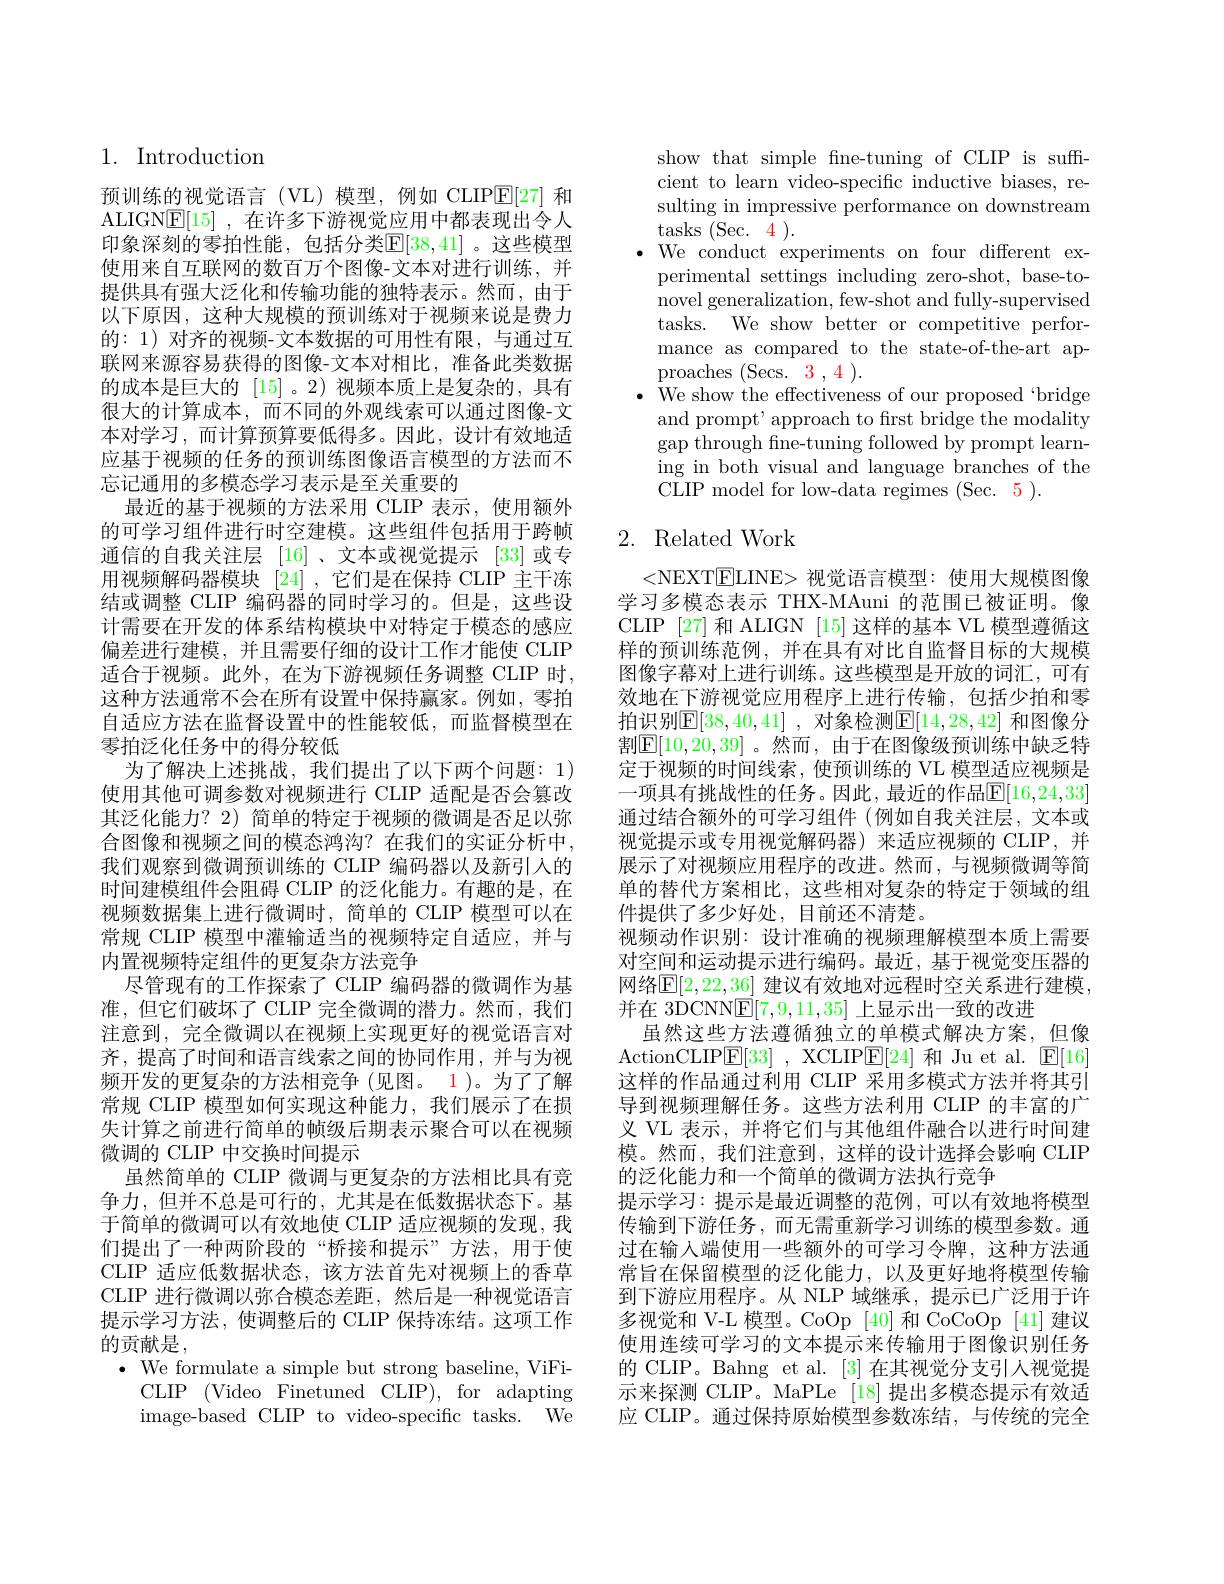
1. Introduction

预训练的视觉语言(VL)模型，例如 CLIP$\boxed{\mathrm{E}}[27]$和ALIGNE[15] ,在许多下游视觉应用中都表现出令人印象深刻的零拍性能，包括分类$\mathbb{E}[38,41]$ 。这些模型使用来自互联网的数百万个图像-文本对进行训练，并提供具有强大泛化和传输功能的独特表示。然而，由于以下原因，这种大规模的预训练对于视频来说是费力的：1) 对齐的视频-文本数据的可用性有限，与通过互联网来源容易获得的图像-文本对相比，准备此类数据的成本是巨大的[15] 。2)视频本质上是复杂的，具有很大的计算成本，而不同的外观线索可以通过图像-文本对学习，而计算预算要低得多。因此，设计有效地适应基于视频的任务的预训练图像语言模型的方法而不忘记通用的多模态学习表示是至关重要的
最近的基于视频的方法采用 CLIP 表示，使用额外的可学习组件进行时空建模。这些组件包括用于跨帧通信的自我关注层 [16]、文本或视觉提示 [33]或专用视频解码器模块 [24] ,它们是在保持 CLIP 主干冻结或调整 CLIP 编码器的同时学习的。但是，这些设计需要在开发的体系结构模块中对特定于模态的感应偏差进行建模，并且需要仔细的设计工作才能使 CLIP 适合于视频。此外，在为下游视频任务调整 CLIP 时， 这种方法通常不会在所有设置中保持赢家。例如，零拍自适应方法在监督设置中的性能较低，而监督模型在零拍泛化任务中的得分较低
为了解决上述挑战，我们提出了以下两个问题：1) 使用其他可调参数对视频进行 CLIP 适配是否会篡改其泛化能力？2) 简单的特定于视频的微调是否足以弥合图像和视频之间的模态鸿沟？在我们的实证分析中， 我们观察到微调预训练的 CLIP 编码器以及新引入的时间建模组件会阻碍 CLIP 的泛化能力。有趣的是，在视频数据集上进行微调时，简单的 CLIP 模型可以在常规 CLIP 模型中灌输适当的视频特定自适应，并与内置视频特定组件的更复杂方法竞争
尽管现有的工作探索了 CLIP 编码器的微调作为基准，但它们破坏了 CLIP 完全微调的潜力。然而，我们注意到，完全微调以在视频上实现更好的视觉语言对齐，提高了时间和语言线索之间的协同作用，并与为视频开发的更复杂的方法相竞争(见图。1)。为了了解常规 CLIP 模型如何实现这种能力，我们展示了在损失计算之前进行简单的帧级后期表示聚合可以在视频微调的 CLIP 中交换时间提示
虽然简单的 CLIP 微调与更复杂的方法相比具有竞争力，但并不总是可行的，尤其是在低数据状态下。基于简单的微调可以有效地使 CLIP 适应视频的发现，我们提出了一种两阶段的“桥接和提示”方法，用于使CLIP 适应低数据状态，该方法首先对视频上的香草CLIP 进行微调以弥合模态差距，然后是一种视觉语言提示学习方法，使调整后的 CLIP 保持冻结。这项工作的贡献是，
$\cdot{\mathrm{~We~formulate~a~simple~but~strong~baseline,~ViFi-~}}$
CLIP$\allowbreak ( {\mathrm{mod}} $Finetuned)CLIP), for$\mod$ image-based CLIP to video-specific tasks. We

show that simple fne-tuning of CLIP is suffcient to learn video-specific inductive biases, resulting in impressive performance on downstream tasks ( Sec. 4 ) .
$\cdot$ We conduct experiments on four different ex-
perimental settings including zero-shot, base-tonovel generalization, few-shot and fully-supervised tasks. We show better or competitive performance as compared to the state-of-the-art approaches (Secs.3,4).
$\cdot{\mathrm{~We~show~the~effectiveness~of~our~proposed~}}$bridge
and prompt' approach to frst bridge the modality gap through fne-tuning followed by prompt learning in both visual and language branches of the CLIP model for low-data regimes (Sec. 5).

# 2. Related Work

<NEXT$\boxed{\mathrm{E}}$LINE> 视觉语言模型：使用大规模图像学习多模态表示 THX-MAuni 的范围已被证明。像CLIP [27]和 ALIGN [15] 这样的基本 VL 模型遵循这样的预训练范例，并在具有对比自监督目标的大规模图像字幕对上进行训练。这些模型是开放的词汇，可有效地在下游视觉应用程序上进行传输，包括少拍和零拍识别$\mathbb{E}[38,40,41]$ ,对象检测$\mathbb{E}[14,28,42]$ 和图像分割$\mathbb{E}[10,20,39]$ 。然而，由于在图像级预训练中缺乏特定于视频的时间线索，使预训练的 VL 模型适应视频是一项具有挑战性的任务。因此，最近的作品F$\|16,24.33$ 通过结合额外的可学习组件(例如自我关注层，文本或视觉提示或专用视觉解码器)来适应视频的 CLIP,并展示了对视频应用程序的改进。然而，与视频微调等简单的替代方案相比，这些相对复杂的特定于领域的组件提供了多少好处，目前还不清楚。
视频动作识别：设计准确的视频理解模型本质上需要对空间和运动提示进行编码。最近，基于视觉变压器的网络$\mathbb{E}[2,22,36]$ 建议有效地对远程时空关系进行建模， 并在$\dot{3\text{DCNNE}}[7,9,11,35]$上显示出一致的改进
虽然这些方法遵循独立的单模式解决方案，但像ActionCLIP$\underline {\mathrm{E} }[ 33]$ , XCLIP$\underline {\mathrm{E} }[ 24]$ 和 Ju et al. $\underline{\mathrm{E}}[16]$ 这样的作品通过利用 CLIP 采用多模式方法并将其引导到视频理解任务。这些方法利用 CLIP 的丰富的广义 VL 表示，并将它们与其他组件融合以进行时间建模。然而，我们注意到，这样的设计选择会影响 CLIP 的泛化能力和一个简单的微调方法执行竞争
提示学习：提示是最近调整的范例，可以有效地将模型传输到下游任务，而无需重新学习训练的模型参数。通过在输入端使用一些额外的可学习令牌，这种方法通常旨在保留模型的泛化能力，以及更好地将模型传输到下游应用程序。从 NLP 域继承，提示已广泛用于许多视觉和 V-L 模型。CoOp [40] 和 CoCoOp [41] 建议使用连续可学习的文本提示来传输用于图像识别任务的 CLIP。Bahng et al. [3] 在其视觉分支引人视觉提示来探测 CLIP。MaPLe [18] 提出多模态提示有效适应 CLIP。通过保持原始模型参数冻结，与传统的完全